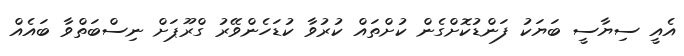
އެއީ ސިޔާސީ ބަޔަކު ފަންޑުކޮށްގެން ކުށްތައް ކުރުވާ ކުޑަހެންވޭރު ގްރޫޕަށް ނިސްބަތްވާ ބައެއް